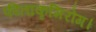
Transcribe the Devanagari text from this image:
फीताकृमिरोग।